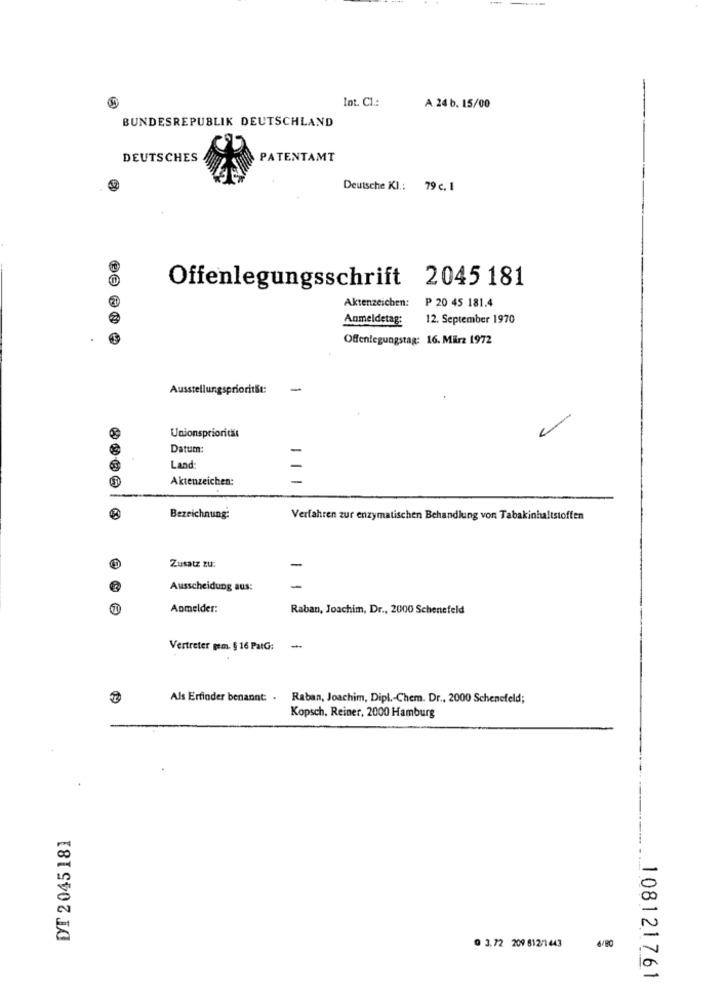
Int. Cl .:
A 24 b. 15/00
BUNDESREPUBLIK DEUTSCHLAND
DEUTSCHES
PATENTAMT
Deutsche KI .: 79 c. 1
Offenlegungsschrift 2045 181
Aktenzeichen:
P 20 45 181.4
Anmeldetag:
12. September 1970
Offenlegungstag: 16. März 1972
Ausstellungspriorität:
-
Unionspriorität
Datum:
Land:
Aktenzeichen:
Bezeichnung:
Verfahren zur enzymatischen Behandlung von Tabakinhaltstoffen
-
Zusatz zu:
Ausscheidung aus:
-
Anmelder:
Raban, Joachim, Dr ., 2000 Schenefeld
Vertreter gem. § 16 PatG: -
Als Erfinder benannt: . Raban, Joachim, Dipl .- Chem. Dr ., 2000 Schenefeld;
Kopsch, Reiner, 2000 Hamburg
DT 2 045 181
6/80
9 3.72 209 612-1 443
108121761